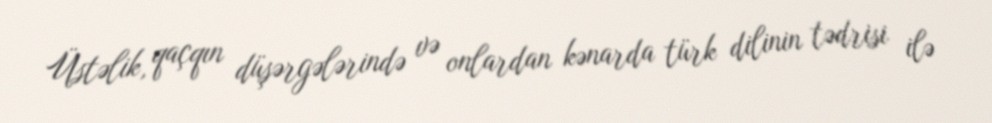
Üstəlik, qaçqın düşərgələrində və onlardan kənarda türk dilinin tədrisi ilə